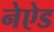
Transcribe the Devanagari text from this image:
नेऐड